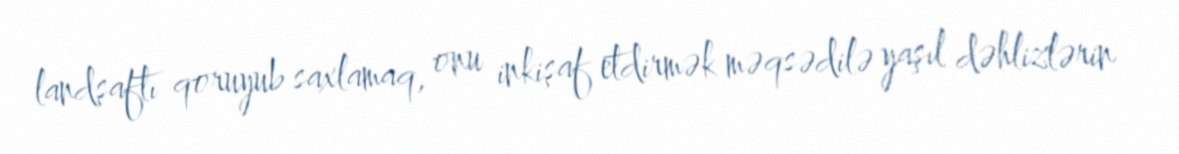
landşaftı qoruyub saxlamaq, onu inkişaf etdirmək məqsədilə yaşıl dəhlizlərin